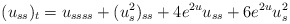
\begin{align*} (u_{ss})_t =u_{ssss}+ (u_s^2)_{ss} +4e^{2u}u_{ss}+6e^{2u}u_s^2 \end{align*}